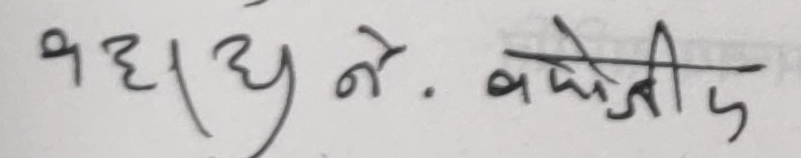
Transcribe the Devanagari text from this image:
बहादुर ने. बजेतीप